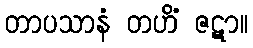
တာပသာနံ တဟိံ ဇဋာ။